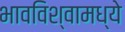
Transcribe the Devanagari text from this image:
भावविश्वामध्ये